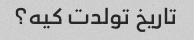
تاریخ تولدت کیه؟